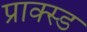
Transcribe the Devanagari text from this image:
प्राक्स्ड